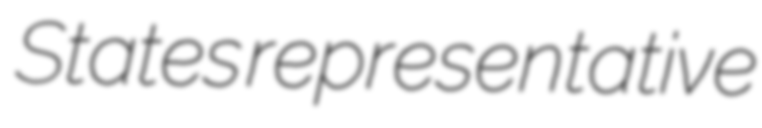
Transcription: States representative